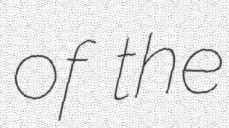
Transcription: of the